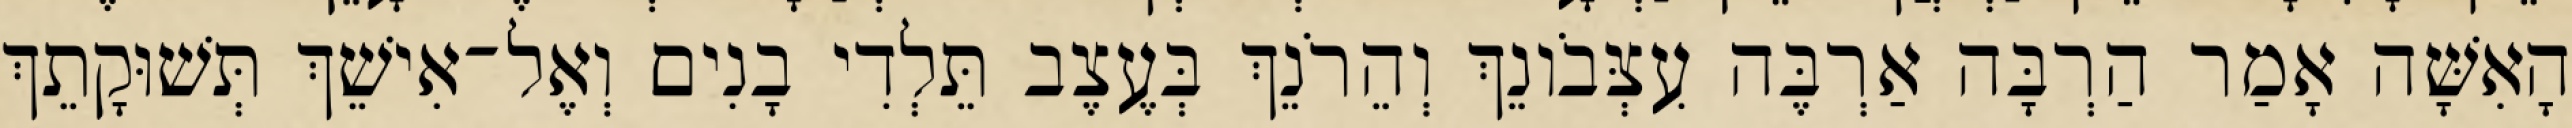
הָאִשָּׁה אָמַר הַרְבָּה אַרְבֶּה עִצְּבֹונֵךְ וְהֵרֹנֵךְ בְּעֶצֶב תֵּלְדִי בָנִים וְאֶל־אִישֵׁךְ תְּשׁוּקָתֵךְ